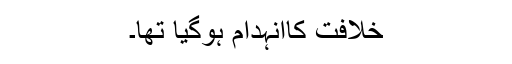
خلافت کاانہدام ہوگیا تھا۔